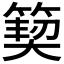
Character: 𮅳